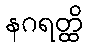
နဂရတ္ထိ